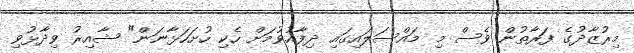
މިރުޒާދުގެ ފަރާތުން ވެސް މި މައްސަލައިގައި ދިފާއުވުމަށް ހެކި ހުށަހަޅާނަން" ޝާއިރު ވިދާޅުވި